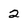
Character: 2